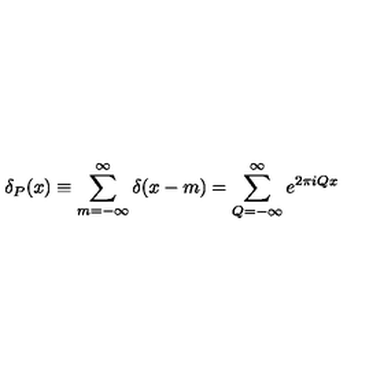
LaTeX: \delta _ { P } ( x ) \equiv \sum _ { m = - \infty } ^ { \infty } \delta ( x - m ) = \sum _ { Q = - \infty } ^ { \infty } e ^ { 2 \pi i Q x }